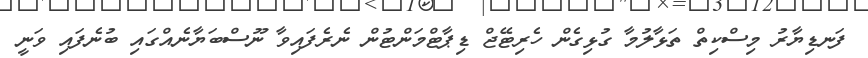
ފަނޑިޔާރު މިސްކިތް ތަޅާލުމާ ގުޅިގެން ހެރިޓޭޖް ޑިޕާޓްމަންޓުން ނެރެފައިވާ ނޫސްބަޔާނެއްގައި ބުނެފައި ވަނީ